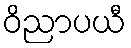
ဝိညာပယီ